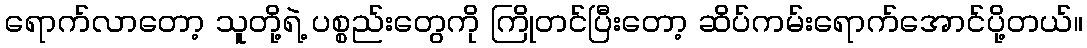
ရောက်လာတော့ သူတို့ရဲ့ ပစ္စည်းတွေကို ကြိုတင်ပြီးတော့ ဆိပ်ကမ်းရောက်အောင်ပို့တယ်။